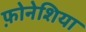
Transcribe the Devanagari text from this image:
फ़ोनेशिया